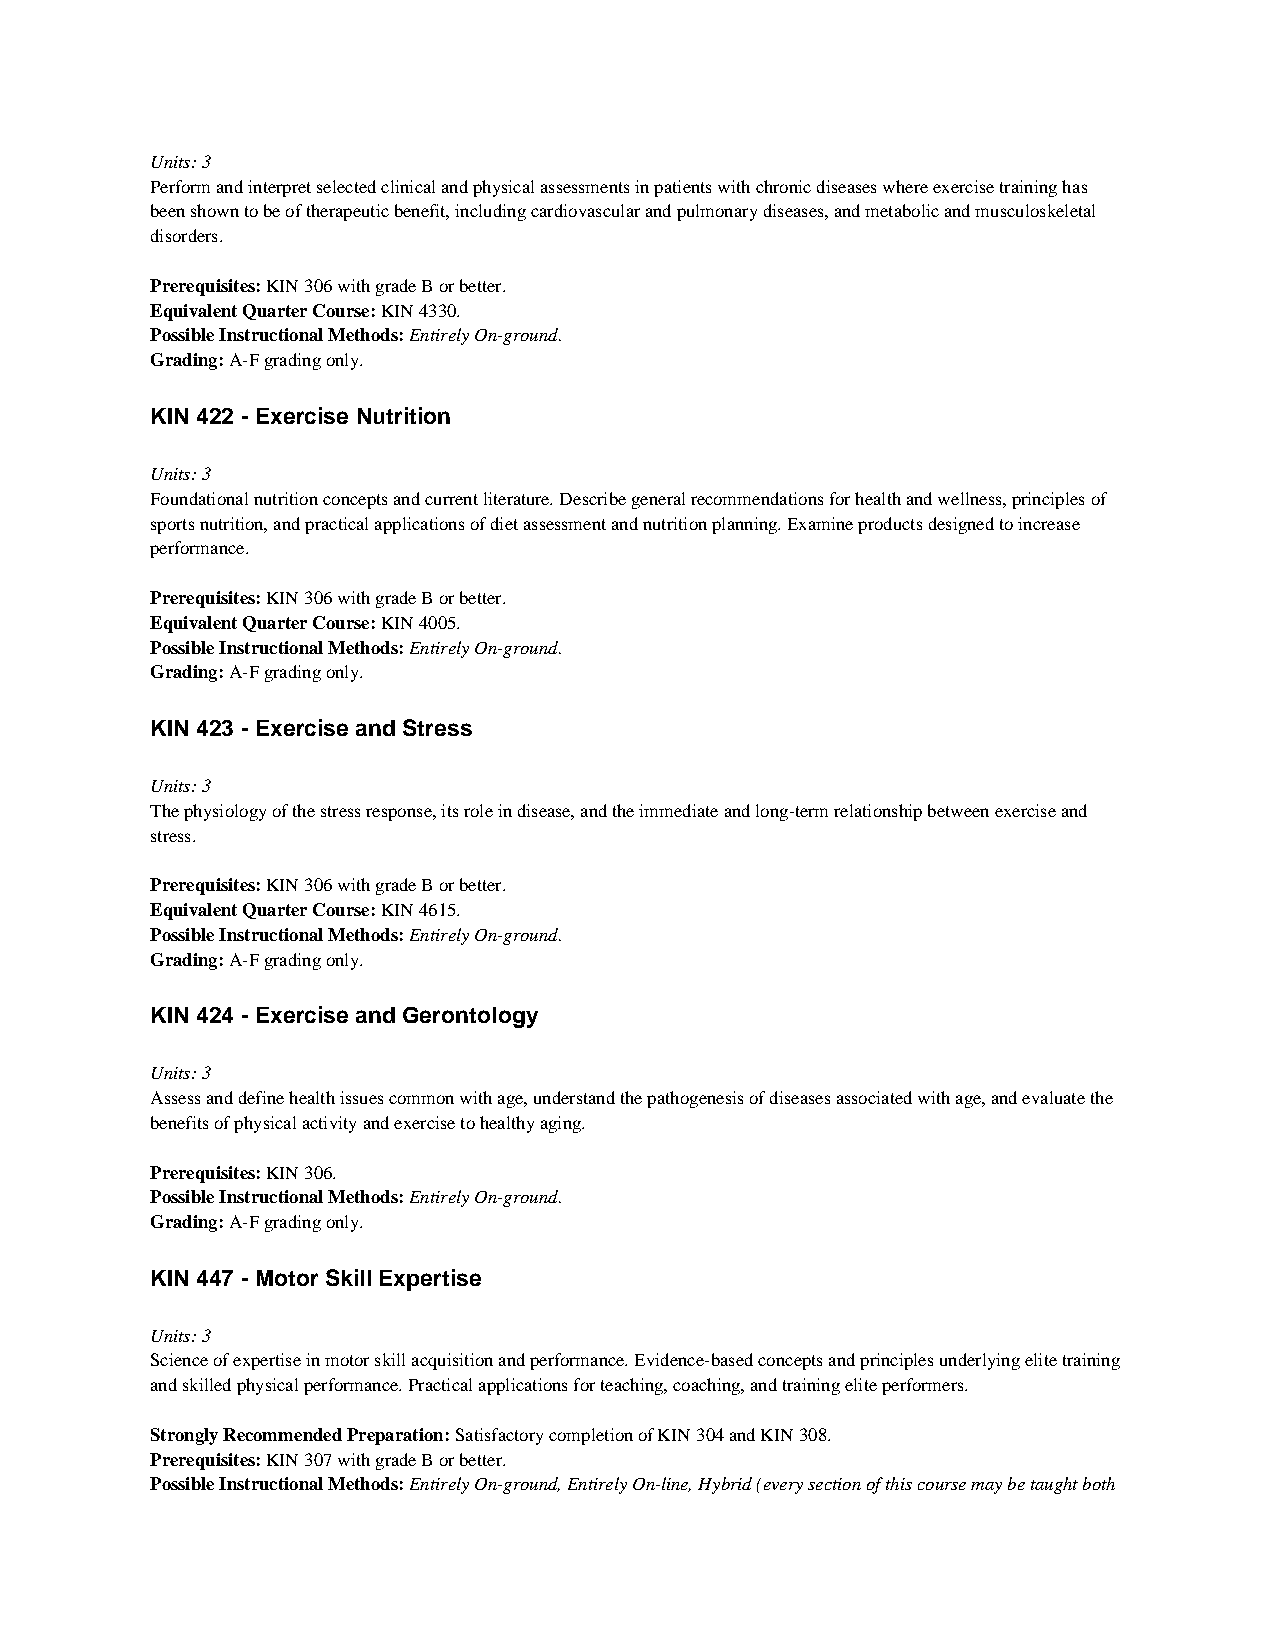
Units: 3
 Perform and interpret selected clinical and physical assessments in patients with chronic diseases where exercise training has
 been shown to be of therapeutic benefit, including cardiovascular and pulmonary diseases, and metabolic and musculoskeletal
 disorders.
 Prerequisites: KIN 306 with grade B or better.
 Equivalent Quarter Course: KIN 4330.
 Possible Instructional Methods: Entirely On-ground.
 Grading: A-F grading only.
 KIN 422 - Exercise Nutrition
 Units: 3
 Foundational nutrition concepts and current literature. Describe general recommendations for health and wellness, principles of
 sports nutrition, and practical applications of diet assessment and nutrition planning. Examine products designed to increase
 performance.
 Prerequisites: KIN 306 with grade B or better.
 Equivalent Quarter Course: KIN 4005.
 Possible Instructional Methods: Entirely On-ground.
 Grading: A-F grading only.
 KIN 423 - Exercise and Stress
 Units: 3
 The physiology of the stress response, its role in disease, and the immediate and long-term relationship between exercise and
 stress.
 Prerequisites: KIN 306 with grade B or better.
 Equivalent Quarter Course: KIN 4615.
 Possible Instructional Methods: Entirely On-ground.
 Grading: A-F grading only.
 KIN 424 - Exercise and Gerontology
 Units: 3
 Assess and define health issues common with age, understand the pathogenesis of diseases associated with age, and evaluate the
 benefits of physical activity and exercise to healthy aging.
 Prerequisites: KIN 306.
 Possible Instructional Methods: Entirely On-ground.
 Grading: A-F grading only.
 KIN 447 - Motor Skill Expertise
 Units: 3
 Science of expertise in motor skill acquisition and performance. Evidence-based concepts and principles underlying elite training
 and skilled physical performance. Practical applications for teaching, coaching, and training elite performers.
 Strongly Recommended Preparation: Satisfactory completion of KIN 304 and KIN 308.
 Prerequisites: KIN 307 with grade B or better.
 Possible Instructional Methods: Entirely On-ground, Entirely On-line, Hybrid (every section of this course may be taught both